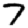
Digit: 7